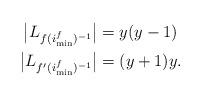
LaTeX: \begin{align*}\big|L_{f(i_{\min}^f)^{-1}}\big| & = y(y-1) \\\big|L_{f'(i_{\min}^f)^{-1}}\big| & = (y+1)y.\end{align*}